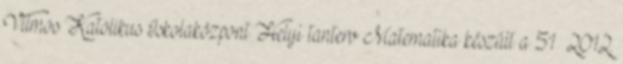
Vilmos Katolikus Iskolaközpont Helyi tanterv Matematika készült a 51 2012.